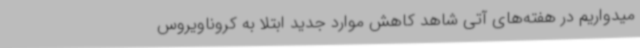
میدواریم در هفته‌های آتی شاهد کاهش موارد جدید ابتلا به کروناویروس